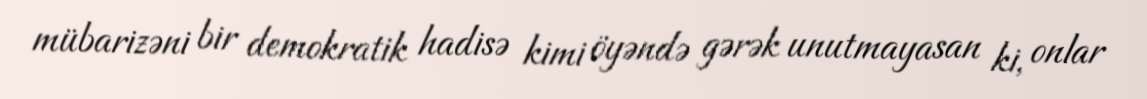
mübarizəni bir demokratik hadisə kimi öyəndə gərək unutmayasan ki, onlar